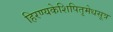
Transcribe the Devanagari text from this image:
हिरण्यकेशिपितृमेधसूत्र